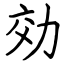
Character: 効